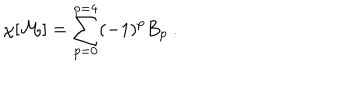
\chi [ { \bf { \cal M } } ] = \sum _ { p = 0 } ^ { p = 4 } ( - 1 ) ^ { p } B _ { p } \ .